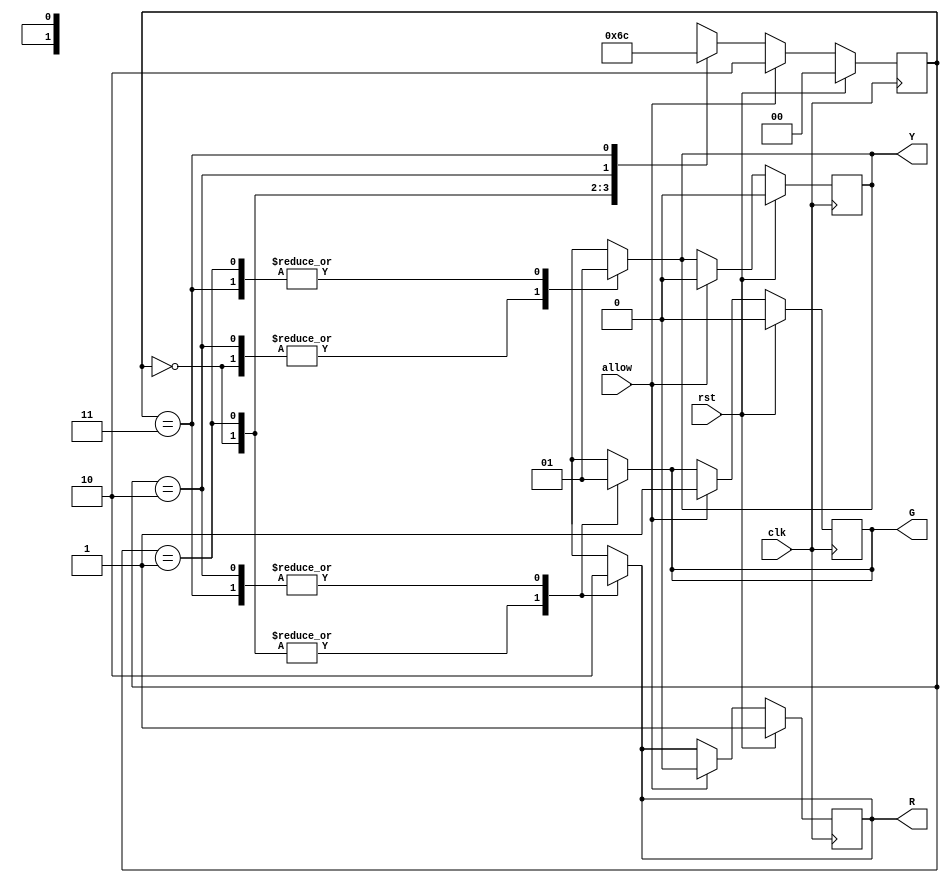
`timescale 1ns / 1ps
//////////////////////////////////////////////////////////////////////////////////
// Company: 
// Engineer: 
// 
// Design Name: 
// Module Name: Traffic_controller_single_road
// Project Name: 
// Target Devices: 
// Tool Versions: 
// Description: 
// 
// Dependencies: 
// 
// Revision:
// Revision 0.01 - File Created
// Additional Comments:
// 
//////////////////////////////////////////////////////////////////////////////////


module Traffic_controller_single_road(R,G,Y,clk,rst,allow);
input clk,rst,allow;
output reg R,G,Y;
parameter [1:0] r=2'b00,
                ry=2'b01,
                g=2'b10,
                gy=2'b11;
reg [1:0]PS,NS;
always @(posedge clk)
if(rst) begin
    PS<=r;
    R<=1; G<=0;Y<=0;
    end
else if(allow)begin
    PS<=g;
    G<=1; Y<=0;R<=0;
    end
else
    PS<=NS;
always@(PS)
case(PS)
r: begin
    R<=1; G<=0; Y<=0;
    #10
    NS<=ry;
    end
ry: begin
    R<=1; Y<=1; G<=0;
    #10 
    NS<=g;
    end
g: begin
    R<=0; Y<=0; G<=1;
    #10
    NS<=gy;
    end
gy: begin
    R<=0; Y<=1; G<=1;
    #10
    NS<=r;
    end
default: begin
         R<=1'bz; Y<=1'bz; G<=1'bz;
         #10 NS<=r;
         end
endcase 
 
endmodule